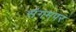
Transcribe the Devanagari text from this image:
संगमपर